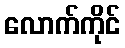
လောက်ကိုင်